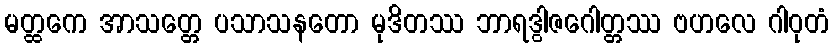
မတ္ထကေ အာသတ္တေ ပသာသနတော မုဒိတဿ ဘာရဒွါဇဂေါတ္တဿ ဗဟလေ ဂါဝုတံ